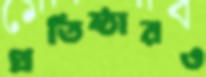
প্রতিষ্ঠারও